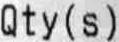
QTY(S)